Leaving Certificate Examination, 1919
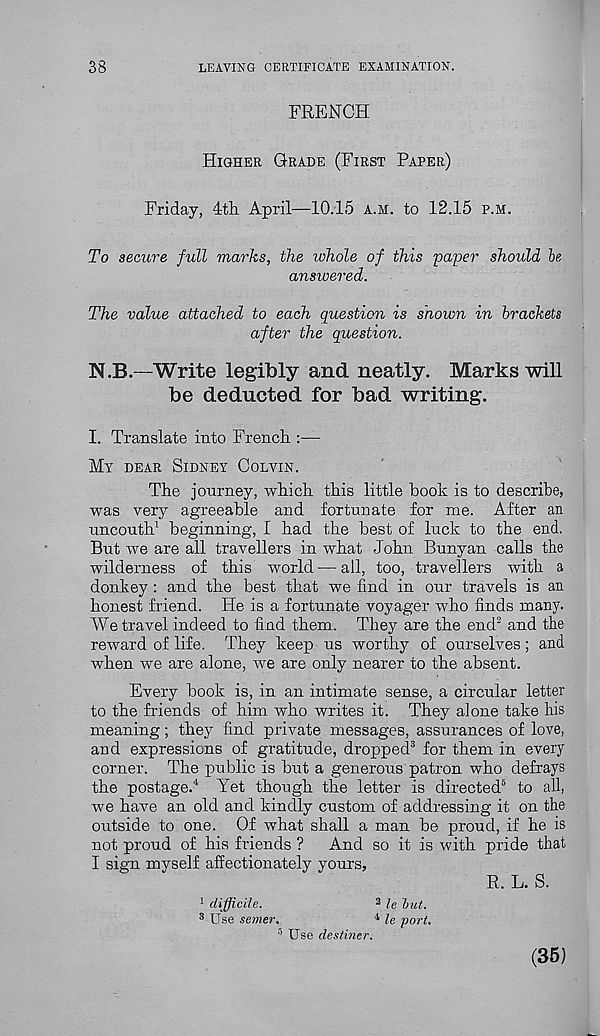
38
LEAVING CERTIFICATE EXAMINATION.
FRENCH
Higher Grade (First Paper)
Friday, 4th April—10.15 a.h. to 12.15 p.m.
To secure full marks, the zohole of this 'paper should be
answered.
The value attached to each question is shown in brackets
after the question.
N.B.—Write legibly and neatly. Marks will
be deducted for bad writing.
I. Translate into French :—
My dear Sidney Colvin.
The journey, which this little hook is to describe,
was very agreeable and fortunate for me. After an
uncouth 1 beginning, I had the best of luck to the end.
But we are all travellers in what John Bunyan calls the
wilderness of this world — all, too, travellers with a
donkey : and the best that we find in our travels is an
honest friend. He is a fortunate voyager who finds many.
We travel indeed to find them. They are the end 2 and the
reward of life. They keep us worthy of ourselves; and
when we are alone, we are only nearer to the absent.
Every book is, in an intimate sense, a circular letter
to the friends of him who writes it. They alone take his
meaning; they find private messages, assurances of love,
and expressions of gratitude, dropped 3 for them in every
corner. The public is but a generous patron who defrays
the postage. 4 Yet though the letter is directed 5 to all,
we have an old and kindly custom of addressing it on the
outside to one. Of what shall a man be proud, if he is
not proud of his friends ?
And so it is with pride that
I sign myself affectionately yours,
R. L. S.
1 difficile.
2 le tut.
3 Use semer.
41 le port.
Use destiner.
(35)